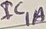
Text: IC1A